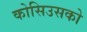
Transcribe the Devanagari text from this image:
कोसिउसको